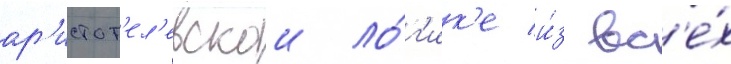
ар'истот'ел'евскои ло́г'ик'е и́з вс'е́х